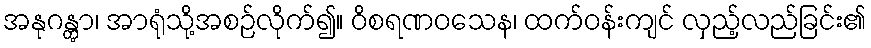
အနုဂန္တွာ၊ အာရုံသို့အစဉ်လိုက်၍။ ဝိစရဏဝသေန၊ ထက်ဝန်းကျင် လှည့်လည်ခြင်း၏